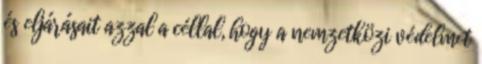
és eljárásait azzal a céllal, hogy a nemzetközi védelmet